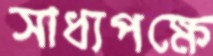
সাধ্যপক্ষে